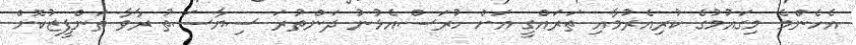
އެހެންމެ މިގައުމުގެ ކުރިއެރުމާއި ތަރައްގީ އަށް ހުރަސްއެޅުނު ދަންތުރަ ސިޔާސަތު ރާވާ ތަންފީޒުކޮށް